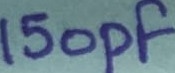
Text: 150pF